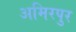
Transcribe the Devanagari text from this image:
अमिरपुर